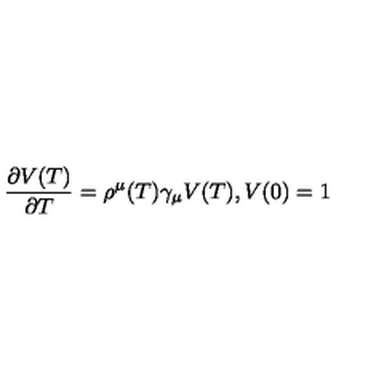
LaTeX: \frac { \partial V ( T ) } { \partial T } = \rho ^ { \mu } ( T ) \gamma _ { \mu } V ( T ) , V ( 0 ) = 1